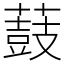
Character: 薣